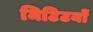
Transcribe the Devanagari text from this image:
मिटिटयों